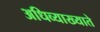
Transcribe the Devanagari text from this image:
अधिव्याख्याते